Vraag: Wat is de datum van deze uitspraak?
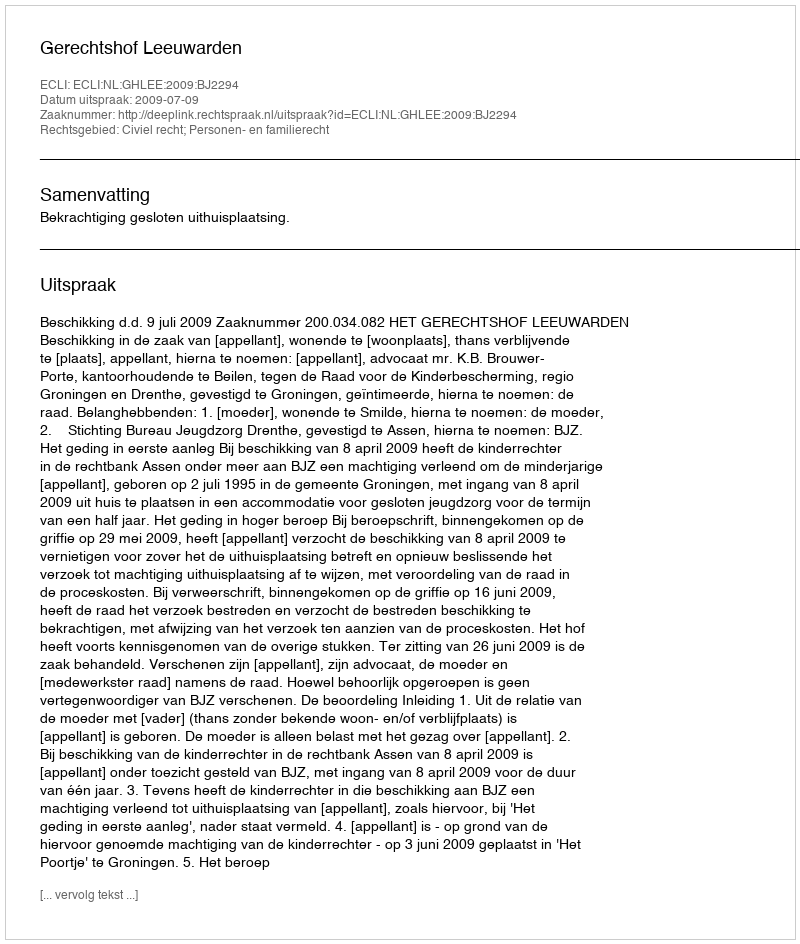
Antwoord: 2009-07-09